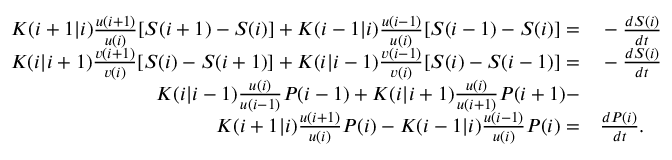
\begin{array} { r l } { K ( i + 1 | i ) \frac { u ( i + 1 ) } { u ( i ) } [ S ( i + 1 ) - S ( i ) ] + K ( i - 1 | i ) \frac { u ( i - 1 ) } { u ( i ) } [ S ( i - 1 ) - S ( i ) ] = } & { { } - \frac { d S ( i ) } { d t } } \\ { K ( i | i + 1 ) \frac { v ( i + 1 ) } { v ( i ) } [ S ( i ) - S ( i + 1 ) ] + K ( i | i - 1 ) \frac { v ( i - 1 ) } { v ( i ) } [ S ( i ) - S ( i - 1 ) ] = } & { { } - \frac { d S ( i ) } { d t } } \\ { K ( i | i - 1 ) \frac { u ( i ) } { u ( i - 1 ) } P ( i - 1 ) + K ( i | i + 1 ) \frac { u ( i ) } { u ( i + 1 ) } P ( i + 1 ) - } & { { } } \\ { K ( i + 1 | i ) \frac { u ( i + 1 ) } { u ( i ) } P ( i ) - K ( i - 1 | i ) \frac { u ( i - 1 ) } { u ( i ) } P ( i ) = } & { { } \frac { d P ( i ) } { d t } . } \end{array}